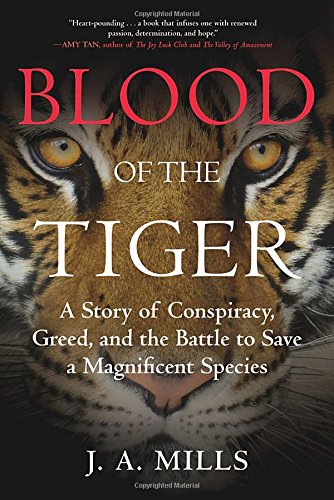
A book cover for Blood of the Tiger: A Story of Conspiracy, Greed, and the Battle to Save a Magnificent Species; J. A. Mills; Science & Math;